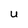
Character: U